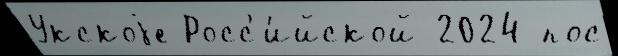
Укскоjе Росс'и́йской 2024 пос